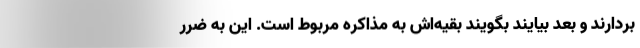
بردارند و بعد بیایند بگویند بقیه‌اش به مذاکره مربوط است. این به ضرر